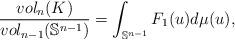
LaTeX: \begin{align*} \frac{vol_n(K)}{vol_{n-1}(\mathbb{S}^{n-1})}=\int_{\mathbb{S}^{n-1}}F_1(u)d\mu(u),\end{align*}